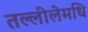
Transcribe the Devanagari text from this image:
तल्लीलेमधि